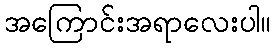
အကြောင်းအရာလေးပါ။